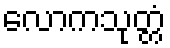
လောကသုတ္တံ